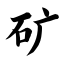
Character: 矿